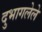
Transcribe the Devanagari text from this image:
दुभागलेले